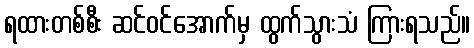
ရထားတစ်စီး ဆင်ဝင်အောက်မှ ထွက်သွားသံ ကြားရသည်။